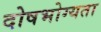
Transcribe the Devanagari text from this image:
दोषभोग्यता